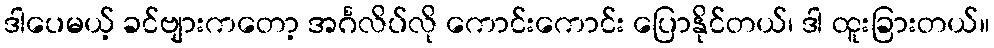
ဒါပေမယ့် ခင်ဗျားကတော့ အင်္ဂလိပ်လို ကောင်းကောင်း ပြောနိုင်တယ်၊ ဒါ ထူးခြားတယ်။